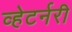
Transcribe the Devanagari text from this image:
व्हेटर्नरी